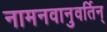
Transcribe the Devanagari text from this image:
नामनवानुवर्तिन्